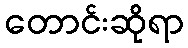
တောင်းဆိုရာ